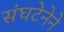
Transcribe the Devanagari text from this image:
संघटेनेने